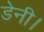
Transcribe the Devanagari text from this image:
डेनी।